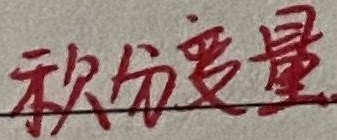
秋分变量